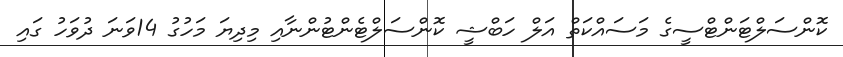
ކޮންސަލްޓަންޓްސީގެ މަސައްކަތް އަލް ހަބްޝީ ކޮންސަލްޓެންޓުންނާއި މިދިޔަ މަހުގު 14ވަނަ ދުވަހު ގައި